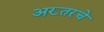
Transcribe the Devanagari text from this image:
अख्तरचे